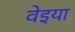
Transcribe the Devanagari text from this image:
वेइया